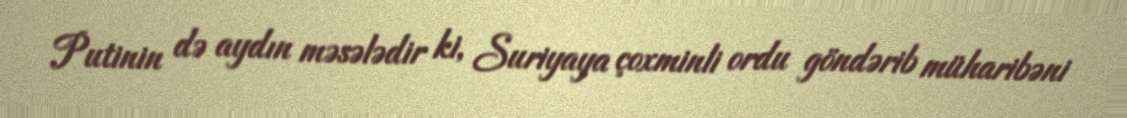
Putinin də aydın məsələdir ki, Suriyaya çoxminli ordu göndərib müharibəni